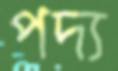
পদ্য